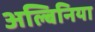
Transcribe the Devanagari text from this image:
अल्बिनिया